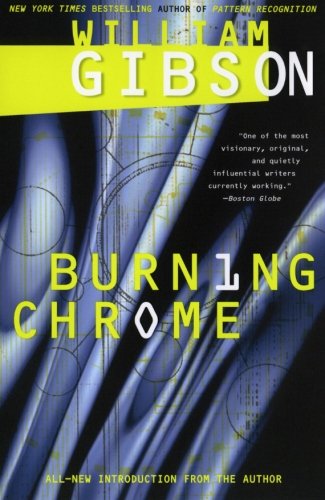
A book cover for Burning Chrome; William Gibson; Science Fiction & Fantasy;